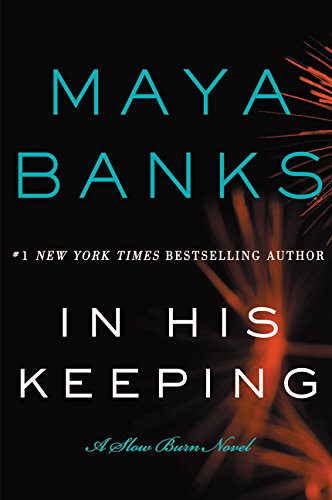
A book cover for In His Keeping: A Slow Burn Novel (Slow Burn Novels); Maya Banks; Romance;